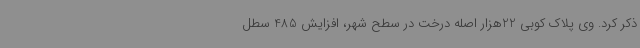
ذکر کرد. وی پلاک کوبی 22هزار اصله درخت در سطح شهر، افزایش 485 سطل